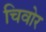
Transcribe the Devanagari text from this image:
चिवोर